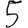
Digit: 5